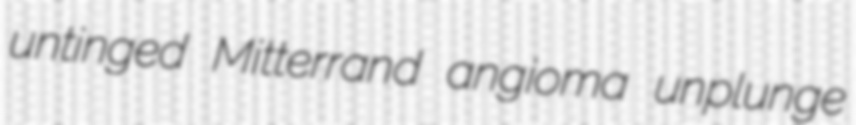
untinged Mitterrand angioma unplunge